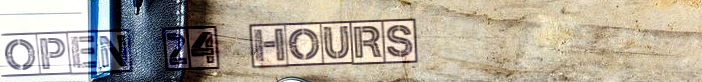
Open 24 Hours